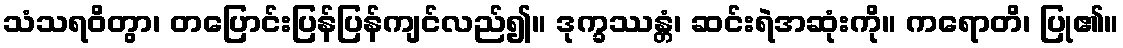
သံသရဝိတွာ၊ တပြောင်းပြန်ပြန်ကျင်လည်၍။ ဒုက္ခဿန္တံ၊ ဆင်းရဲအဆုံးကို။ ကရောတိ၊ ပြု၏။